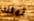
تيلك